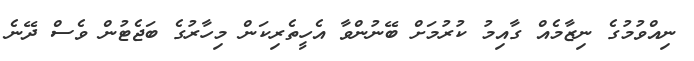
ނިއްވުމުގެ ނިޒާމެއް ގާއިމު ކުރުމަށް ބޭނުންވާ އެހީތެރިކަން މިހާރުގެ ބަޖެޓުން ވެސް ދޭނެ